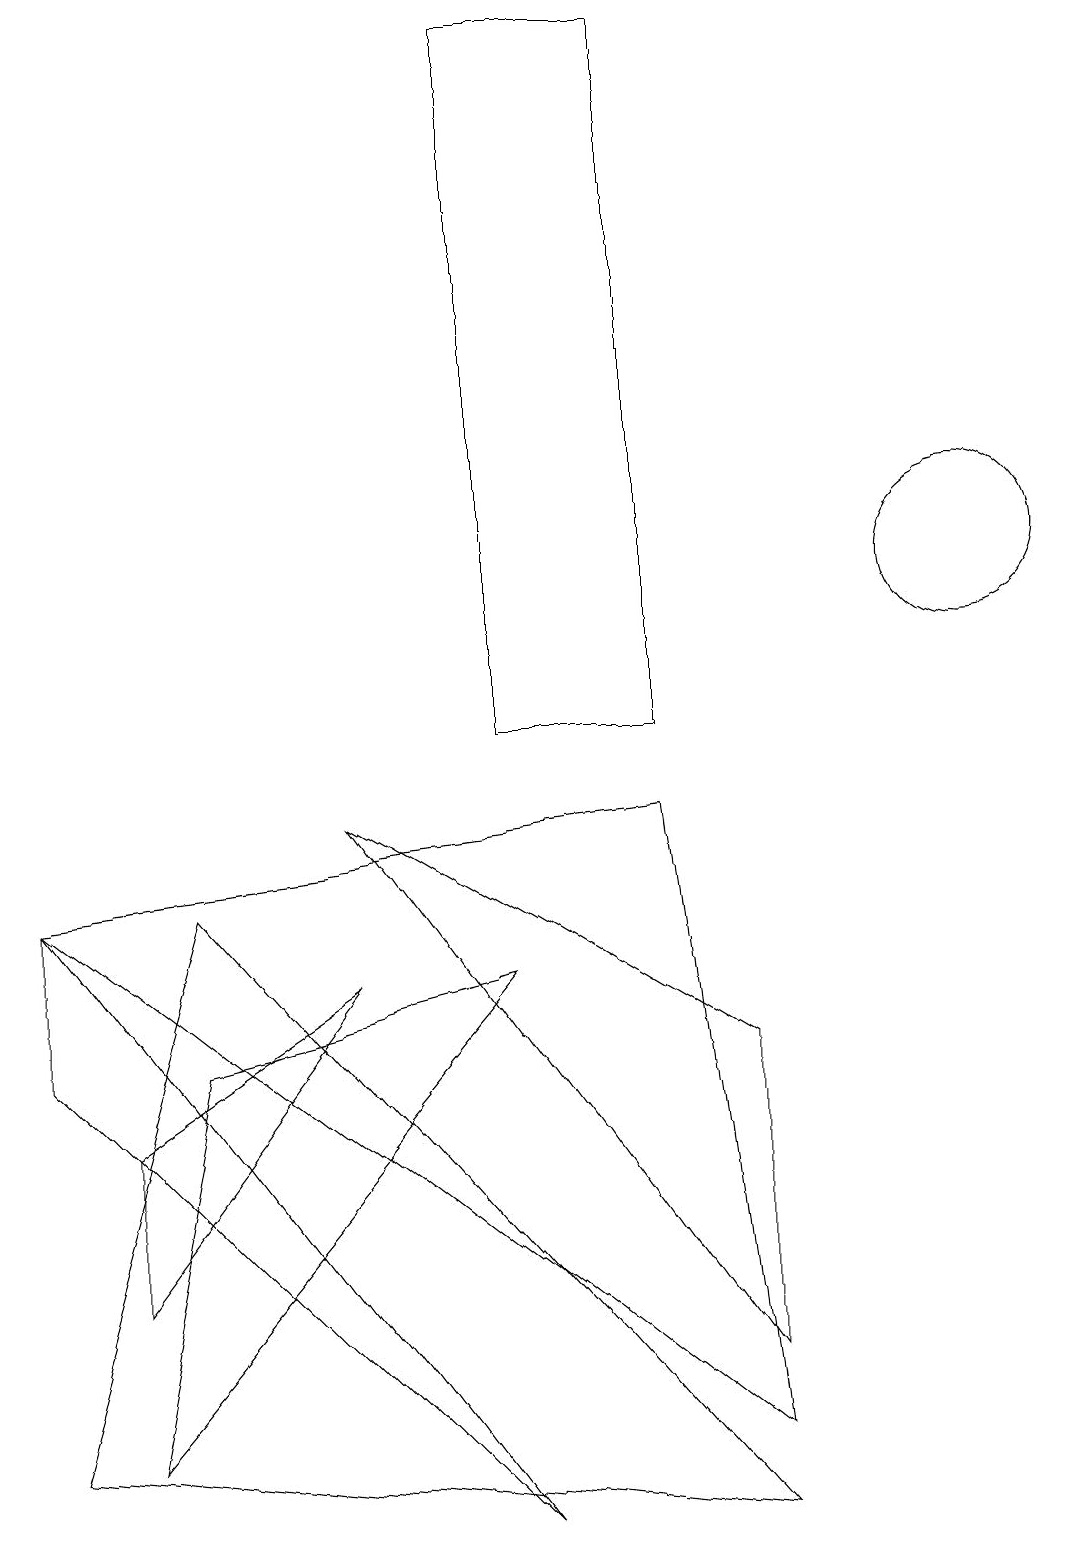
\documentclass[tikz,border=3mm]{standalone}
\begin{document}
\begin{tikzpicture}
\draw (1,1) -- (2,6) -- (6,7) -- cycle;
\draw (6,10) rectangle (8,19);
\draw (0,1) -- (2,8) -- (9,0) -- cycle;
\draw (9,2) -- (9,6) -- (4,9) -- cycle;
\draw (0,8) -- (0,6) -- (6,0) -- cycle;
\draw (12,12) circle (1);
\draw (1,3) -- (4,7) -- (1,5) -- cycle;
\draw (9,1) -- (0,8) -- (8,9) -- cycle;
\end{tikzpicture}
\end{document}